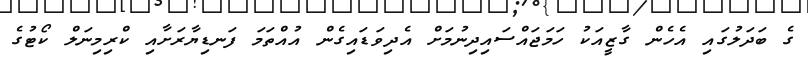
ގެ ބަދަލުގައި އެހެން ގާޒީއަކު ހަމަޖައްސައިދިނުމަށް އެދިވަޑައިގެން އުއްތަމަ ފަނޑިޔާރަށާއި ކްރިމިނަލް ކޯޓުގެ